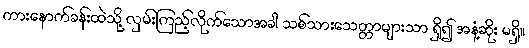
ကားနောက်ခန်းထဲသို့ လှမ်းကြည့်လိုက်သောအခါ သစ်သားသေတ္တာများသာ ရှိ၍ အနံ့ဆိုး မရှိ။